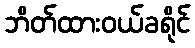
ဘိတ်ထားဝယ်ခရိုင်